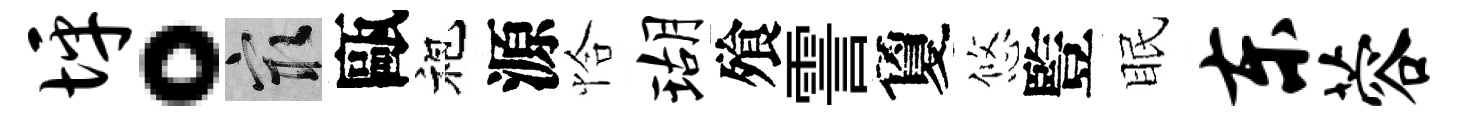
坪。冣甌袍源恰瑚飱霅夐悠䜿眠东蓉